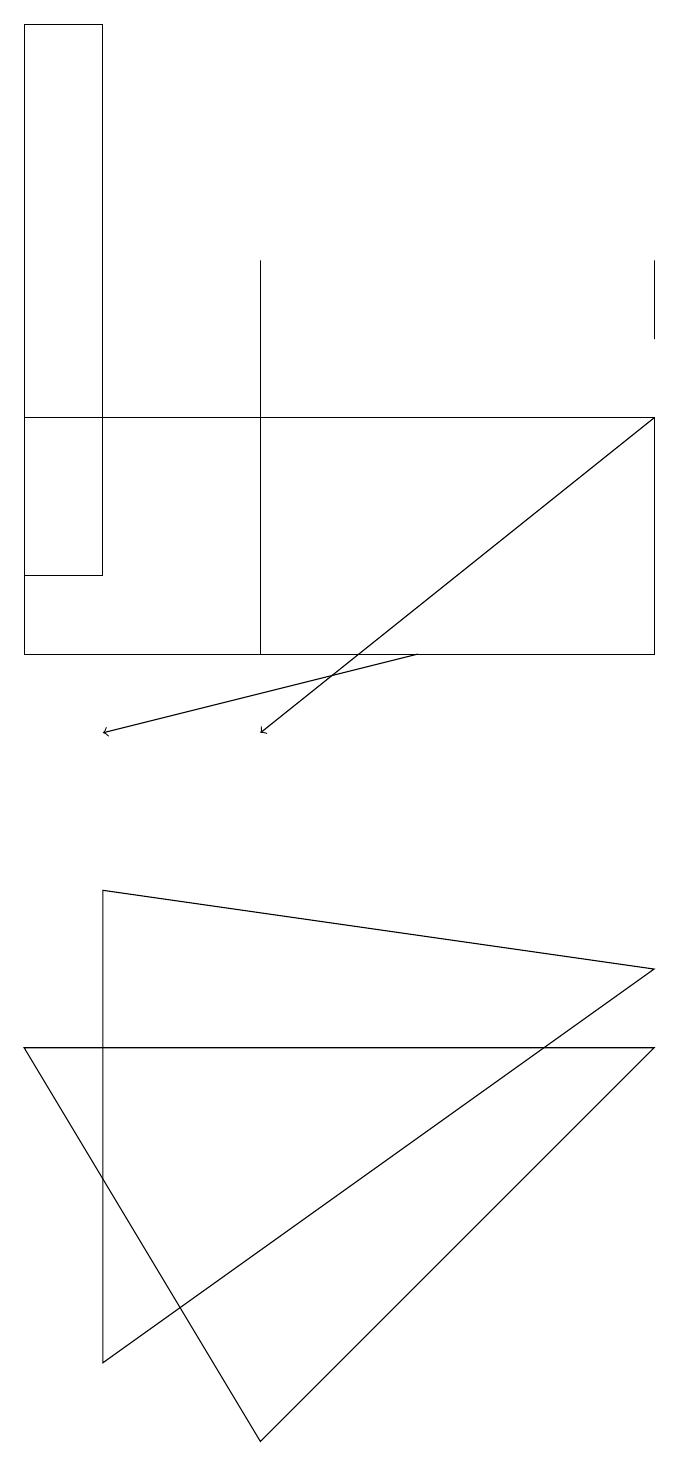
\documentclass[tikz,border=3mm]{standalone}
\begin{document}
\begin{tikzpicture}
\draw[->] (5,11) -- (1,10);
\draw (3,16) rectangle (3,11);
\draw (8,7) -- (1,2) -- (1,8) -- cycle;
\draw (0,11) rectangle (8,14);
\draw (0,6) -- (3,1) -- (8,6) -- cycle;
\draw (8,16) rectangle (8,15);
\draw (0,12) rectangle (1,19);
\draw[->] (8,14) -- (3,10);
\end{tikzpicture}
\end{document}